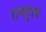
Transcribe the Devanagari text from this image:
रामपुरम